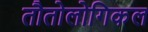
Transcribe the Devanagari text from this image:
तौतोलोगिकल